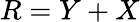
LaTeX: R=Y+X